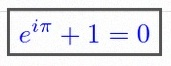
e^{i\pi}+1=0